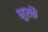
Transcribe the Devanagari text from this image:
भुरकें